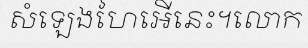
សំឡេងហៃអើនេះ។លោក